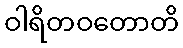
ဝါရိတဝတောတိ